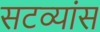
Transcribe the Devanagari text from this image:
सटव्यांस